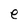
Character: e